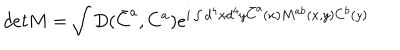
d e t M = \int D ( \bar { C } ^ { a } , C ^ { a } ) e ^ { i \int d ^ { 4 } x d ^ { 4 } y \bar { C } ^ { a } ( x ) M ^ { a b } ( x , y ) C ^ { b } ( y ) }